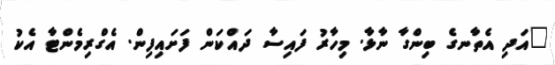
"އަދި އެތާނގެ ބިންގާ ނާޅާ. މިހާރު ފައިސާ ދައްކަން ފަށައިފިން. އެގްރިމެންޓާ އެކު